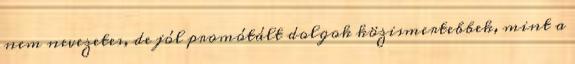
nem nevezetes, de jól promótált dolgok közismertebbek, mint a